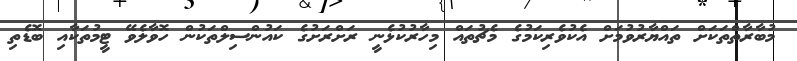
މުބާރާތްތަކަށް ތައްޔާރުވުމަށް އެކުވެރިކަމުގެ މެޗުތައް މިހާރުކުޅެނީ ރަށްރަށުގެ ކައުންސިލްތަކުން ހޮވާލެވޭ ޓީމުތަކާއި ބޮޑެތި